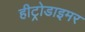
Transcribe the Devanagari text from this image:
हीट्रोडाइमर